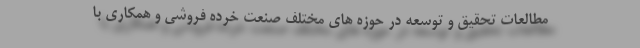
مطالعات تحقیق و توسعه در حوزه های مختلف صنعت خرده فروشی و همکاری با